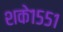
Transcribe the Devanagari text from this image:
शके१५५१